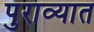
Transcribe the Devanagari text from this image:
पुराव्यात